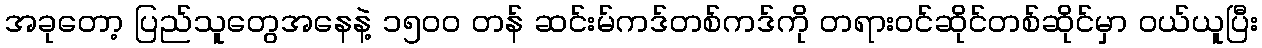
အခုတော့ ပြည်သူတွေအနေနဲ့ ၁၅၀၀ တန် ဆင်းမ်ကဒ်တစ်ကဒ်ကို တရားဝင်ဆိုင်တစ်ဆိုင်မှာ ဝယ်ယူပြီး